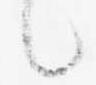
言